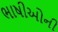
ભાષીઓની